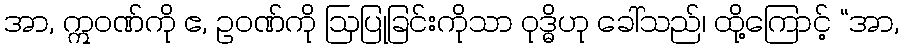
အာ, ဣဝဏ်ကို ဧ, ဥဝဏ်ကို ဩပြုခြင်းကိုသာ ဝုဒ္ဓိဟု ခေါ်သည်၊ ထို့ကြောင့် “အာ,